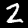
Label: 2